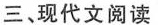
三、现代文阅读